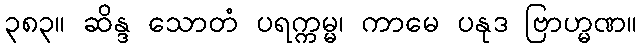
၃၈၃။ ဆိန္ဒ သောတံ ပရက္ကမ္မ၊ ကာမေ ပနုဒ ဗြာဟ္မဏ။